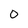
Character: 0